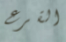
القرع